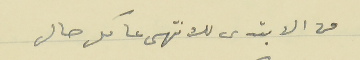
من الابتدى للانتهى عا كل حال